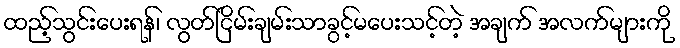
ထည့်သွင်းပေးရန်၊ လွတ်ငြိမ်းချမ်းသာခွင့်မပေးသင့်တဲ့ အချက် အလက်များကို